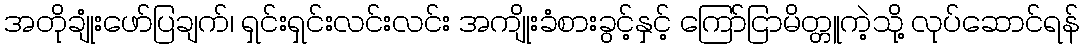
အတိုချုံးဖော်ပြချက်၊ ရှင်းရှင်းလင်းလင်း အကျိုးခံစားခွင့်နှင့် ကြော်ငြာမိတ္တူကဲ့သို့ လုပ်ဆောင်ရန်